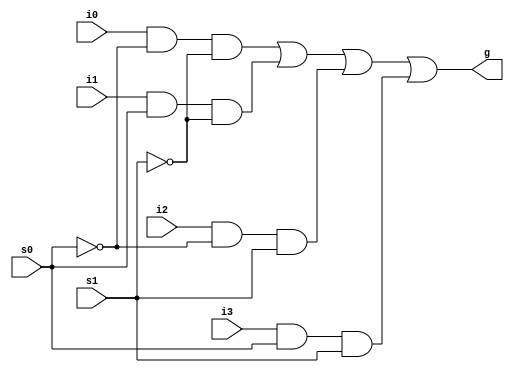
// first we will define the components
// ----------------------------------------------- 4*1 mux --------------------------------------------------- //
module mux(g,i0,i1,i2,i3,s0,s1);
  // determine input and output
  output wire g ;
  input wire i0,i1,i2,i3,s0,s1 ;

  // determine the wires that connect the inner components
  // the result of each and gate
  wire g0,g1,g2,g3 ;
  wire s0c , s1c ;

  // connect the inner components
  
  // the not gates of the selection inputs (complement of s0 and s1)
  not(s0c,s0) ;
  not(s1c,s1) ;

  // inner wires
  and(g0,i0,s0c,s1c) ;
  and(g1,i1,s0,s1c) ;
  and(g2,i2,s0c,s1) ;
  and(g3,i3,s0,s1) ;

  // output
  or(g,g0,g1,g2,g3) ;
endmodule
// ----------------------------------------------- FullAddder --------------------------------------------------- //
module FullAddder(sum,carry,a,b,c);
    output wire sum,carry;
    input wire a,b,c;
    wire o1,a1,a2;
    xor(o1,a,b);
    and(a1,a,b);
    and(a2,c,o1);
    xor(sum,o1,c);
    or(carry,a1,a2);
endmodule
// ----------------------------------------------- the main module --------------------------------------------------- //
module main(final0,final1,final2,carry ,s0,s1,a0,a1,a2,b0,b1,b2);
  // defin input & output
  input s0,s1,a0,a1,a2,b0,b1,b2 ;
  output final0,final1,final2,carry ;

  // internal wires
  // wire1 : is the wire after the and & not gate of the selections
  // wireA : is the wire before each full adder
  wire notB0 , notB1 , notB2 , wire1 , wireA0 , wireA1 , wireA2 ;   // and result
  wire temp ;       // to store s0&s1  
  wire g0 , g1 , g2 ;   // mux result
  wire c0 , c1 ; // intermediate carries
  reg one = 1 ;     // to store the value 1
  // initialize wires
  not(notB0,b0) ;
  not(notB1,b1) ;
  not(notB2,b2) ;
  and(temp,s0,s1) ;
  not(wire1,temp) ;
  and(wireA0,wire1,a0) ;
  and(wireA1,wire1,a1) ;
  and(wireA2,wire1,a2) ;
  // logic
  // if the selection inputs are s1=0 , s0=0  ---> output will be g = a-1
  // if the selection inputs are s1=0 , s0=1  ---> output will be g = a+b
  // if the selection inputs are s1=1 , s0=0  ---> output will be g = a-b
  // if the selection inputs are s1=1 , s0=1  ---> output will be g = -b
  
  // multiplixers call
  mux m0(g0,one,b0,notB0,notB0,s0,s1) ;
  mux m1(g1,one,b1,notB1,notB1,s0,s1) ;
  mux m2(g2,one,b2,notB2,notB2,s0,s1) ;

  // full adders call
  FullAddder f0(final0,c0,s1,g0,wireA0) ;
  FullAddder f1(final1,c1,c0,g1,wireA1) ;
  FullAddder f2(final2,carry,c1,g2,wireA2) ;

endmodule